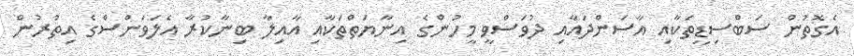
އެގޮތުން ސަބްސިޑީތަކާއި އާސަންދައާއި ދުވަސްވީ މީހުންގެ އިނާޔަތްތަކާއި އާއިލާ ބިނާކުރާ އެލަވަންސްގެ އިތުރުން